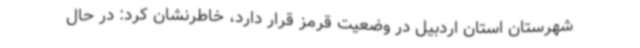
شهرستان استان اردبیل در وضعیت قرمز قرار دارد، خاطرنشان کرد: در حال